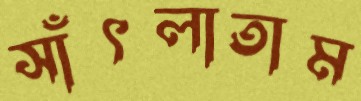
সাঁৎলাতাম